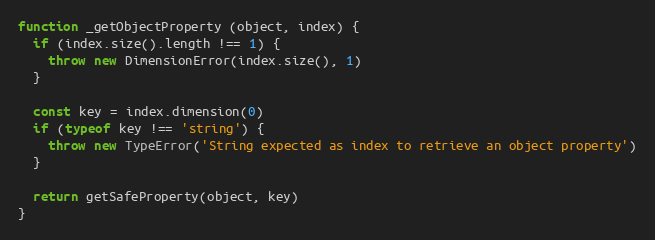
Language: JavaScript
function _getObjectProperty (object, index) {
  if (index.size().length !== 1) {
    throw new DimensionError(index.size(), 1)
  }

  const key = index.dimension(0)
  if (typeof key !== 'string') {
    throw new TypeError('String expected as index to retrieve an object property')
  }

  return getSafeProperty(object, key)
}